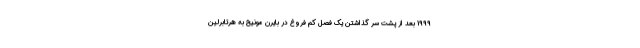
1999 بعد از پشت سر گذاشتن یک فصل کم فروغ در بایرن مونیخ به هرتابرلین